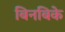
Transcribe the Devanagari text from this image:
बिनबिके